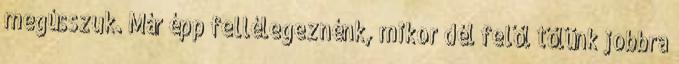
megússzuk. Már épp fellélegeznénk, mikor dél felől tőlünk jobbra